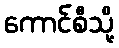
ကောင်စီသို့